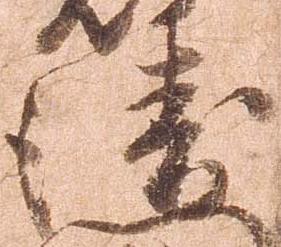
衛